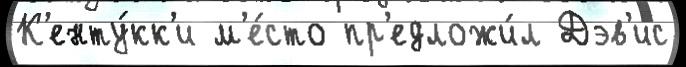
К'енту́кк'и м'е́сто пр'едложи́л Дэв'ис